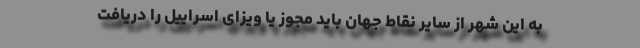
به این شهر از سایر نقاط جهان باید مجوز یا ویزای اسراییل را دریافت